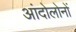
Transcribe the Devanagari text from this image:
आंदोलोनों